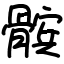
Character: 髌